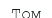
Том